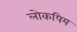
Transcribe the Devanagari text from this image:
लोकपिय